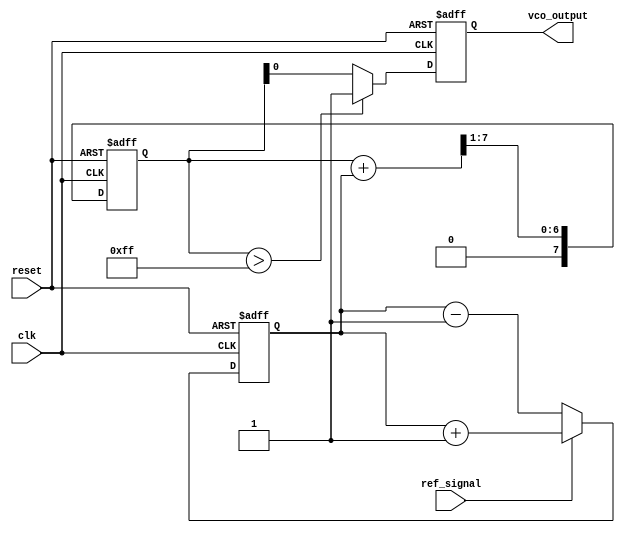
module PLL (
    input wire clk,                  // System clock
    input wire reset,                // Asynchronous reset
    input wire ref_signal,           // Reference signal input
    output reg vco_output            // VCO output signal
);

// Parameters
parameter MEMORY_SIZE = 16;        // Size of memory blocks
parameter PHASE_ERROR_WIDTH = 8;   // Width of phase error signal
parameter CONTROL_WIDTH = 8;       // Width of control voltage
parameter VCO_MAX_FREQ = 255;      // Maximum output frequency

// Memory to store phase error values
reg [PHASE_ERROR_WIDTH-1:0] phase_error_memory [0:MEMORY_SIZE-1];
integer mem_index;

// Phase Detector (PD)
reg [PHASE_ERROR_WIDTH-1:0] phase_error;
always @(posedge clk or posedge reset) begin
    if (reset) begin
        phase_error <= 0;
    end else begin
        // Simple phase comparison logic
        // This is a placeholder for actual phase detection logic
        if (ref_signal) begin
            phase_error <= phase_error + 1; // Increase phase error for example
        end else begin
            phase_error <= phase_error - 1; // Decrease phase error for example
        end
        
        // Store phase error in memory
        phase_error_memory[mem_index] <= phase_error;
        mem_index <= (mem_index + 1) % MEMORY_SIZE; // Circular buffer
    end
end

// Loop Filter (LF)
reg [CONTROL_WIDTH-1:0] control_voltage;
always @(posedge clk or posedge reset) begin
    if (reset) begin
        control_voltage <= 0;
    end else begin
        // Simple low-pass filter example
        control_voltage <= (control_voltage + phase_error[PHASE_ERROR_WIDTH-1:0]) >> 1; // Averaging
    end
end

// Voltage-Controlled Oscillator (VCO)
always @(posedge clk or posedge reset) begin
    if (reset) begin
        vco_output <= 0;
    end else begin
        // Adjust frequency based on control voltage
        // This is a placeholder for actual VCO behavior
        vco_output <= (control_voltage > VCO_MAX_FREQ) ? VCO_MAX_FREQ : control_voltage;
    end
end

endmodule